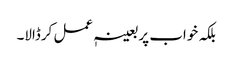
بلکہ خواب پر بعینہٖ عمل کرڈالا۔